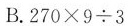
B.$$2 7 0 \times 9 \div 3$$